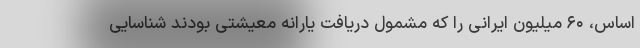
اساس، ۶۰ میلیون ایرانی را که مشمول دریافت یارانه معیشتی بودند شناسایی